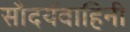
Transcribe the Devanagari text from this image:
सौदर्यवाहिनी